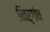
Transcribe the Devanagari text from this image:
निर्गंध